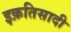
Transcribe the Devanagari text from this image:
इक़तिसादी